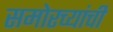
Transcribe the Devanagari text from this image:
समोरच्यांची